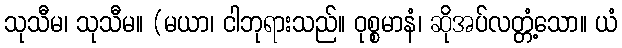
သုသီမ၊ သုသီမ။ (မယာ၊ ငါဘုရားသည်။ ဝုစ္စမာနံ၊ ဆိုအပ်လတ္တံ့သော။ ယံ